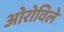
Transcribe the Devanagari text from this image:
ओरोविले